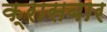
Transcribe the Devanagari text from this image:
क्रासबार